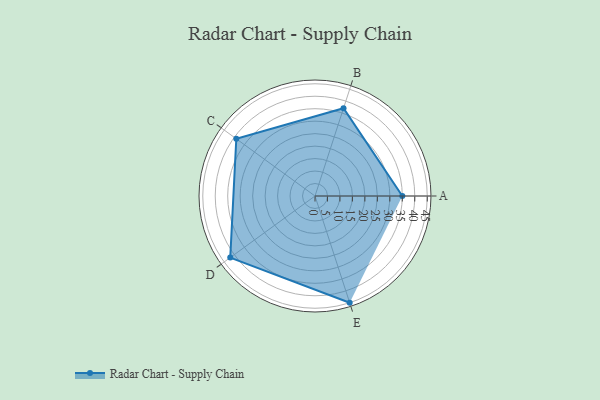
{"axis": {"x": "Skill", "y": "Score"}, "legend": ["Profile"], "data": [{"x": "A", "y": 35.0, "type": "Profile"}, {"x": "B", "y": 37.0, "type": "Profile"}, {"x": "C", "y": 39.0, "type": "Profile"}, {"x": "D", "y": 42.0, "type": "Profile"}, {"x": "E", "y": 45.0, "type": "Profile"}]}